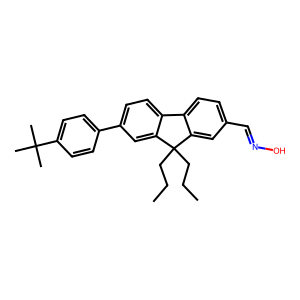
SMILES: CCCC1(CCC)c2cc(C=NO)ccc2-c2ccc(-c3ccc(C(C)(C)C)cc3)cc21
Inhibits HIV replication: No